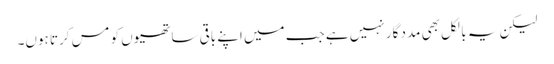
لیکن یہ بالکل بھی مدد گار نہیں ہے جب میں اپنے باقی ساتھیوں کو مس کرتا ہوں۔